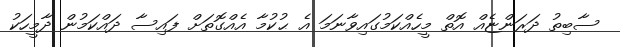
ސާބިތު ދަރަންޏެއް އޮތް މީހެއްކަމުގައިވާނަމަ އެ ޙުކުމާ އެއްގޮތަށް ފައިސާ ދައްކަމުން ދާމީހަކު